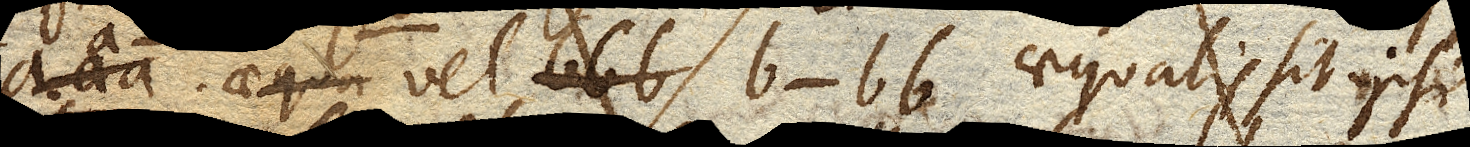
a-aa vel b-bb aequalis sit ipsi